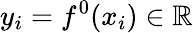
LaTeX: y_{i}=f^{0}(x_{i})\in\mathbb R